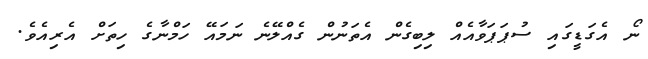
ނޯ އެގަޑީގައި ސުޕަޕަވާއެއް ލިބިގެން އެތަނުން ގެއްލޭނެ ނަމައޭ ހަމްނާގެ ހިތަށް އެރިއެވެ.